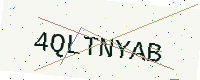
Text: 4QLTNYAB